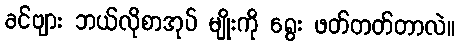
ခင်ဗျား ဘယ်လိုစာအုပ် မျိုးကို ရွေး ဖတ်တတ်တာလဲ။